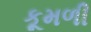
કૂમળી